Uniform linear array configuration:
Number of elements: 64
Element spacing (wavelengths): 0.5
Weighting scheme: hamming
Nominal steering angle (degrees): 45
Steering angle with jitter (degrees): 45.203
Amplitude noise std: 0.05
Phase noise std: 0.05

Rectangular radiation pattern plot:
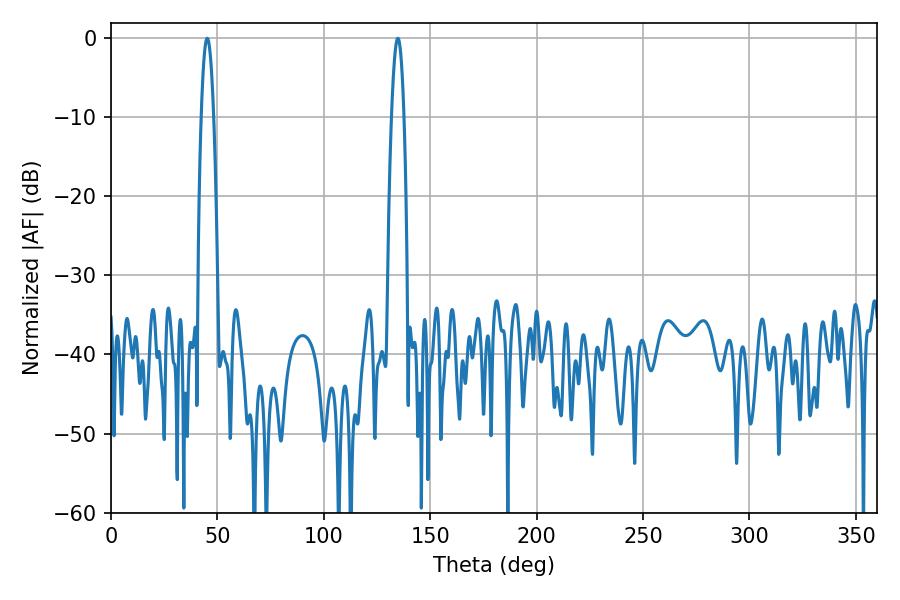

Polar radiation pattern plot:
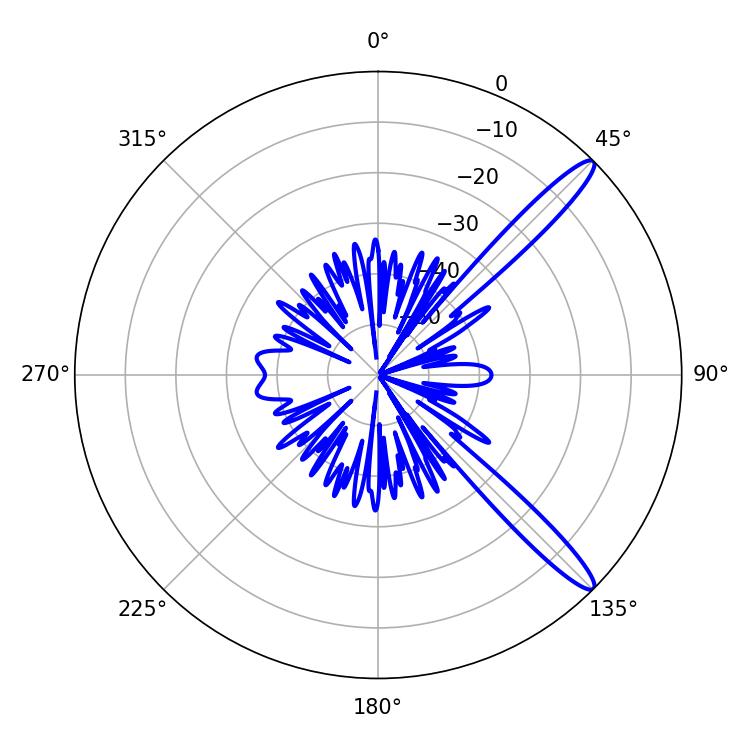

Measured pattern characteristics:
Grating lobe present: FALSE
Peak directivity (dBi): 13.624
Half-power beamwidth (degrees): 3.06
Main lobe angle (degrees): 45.18